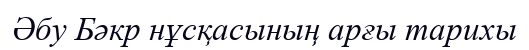
Әбу Бәкр нұсқасының арғы тарихы